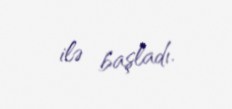
ilə başladı.